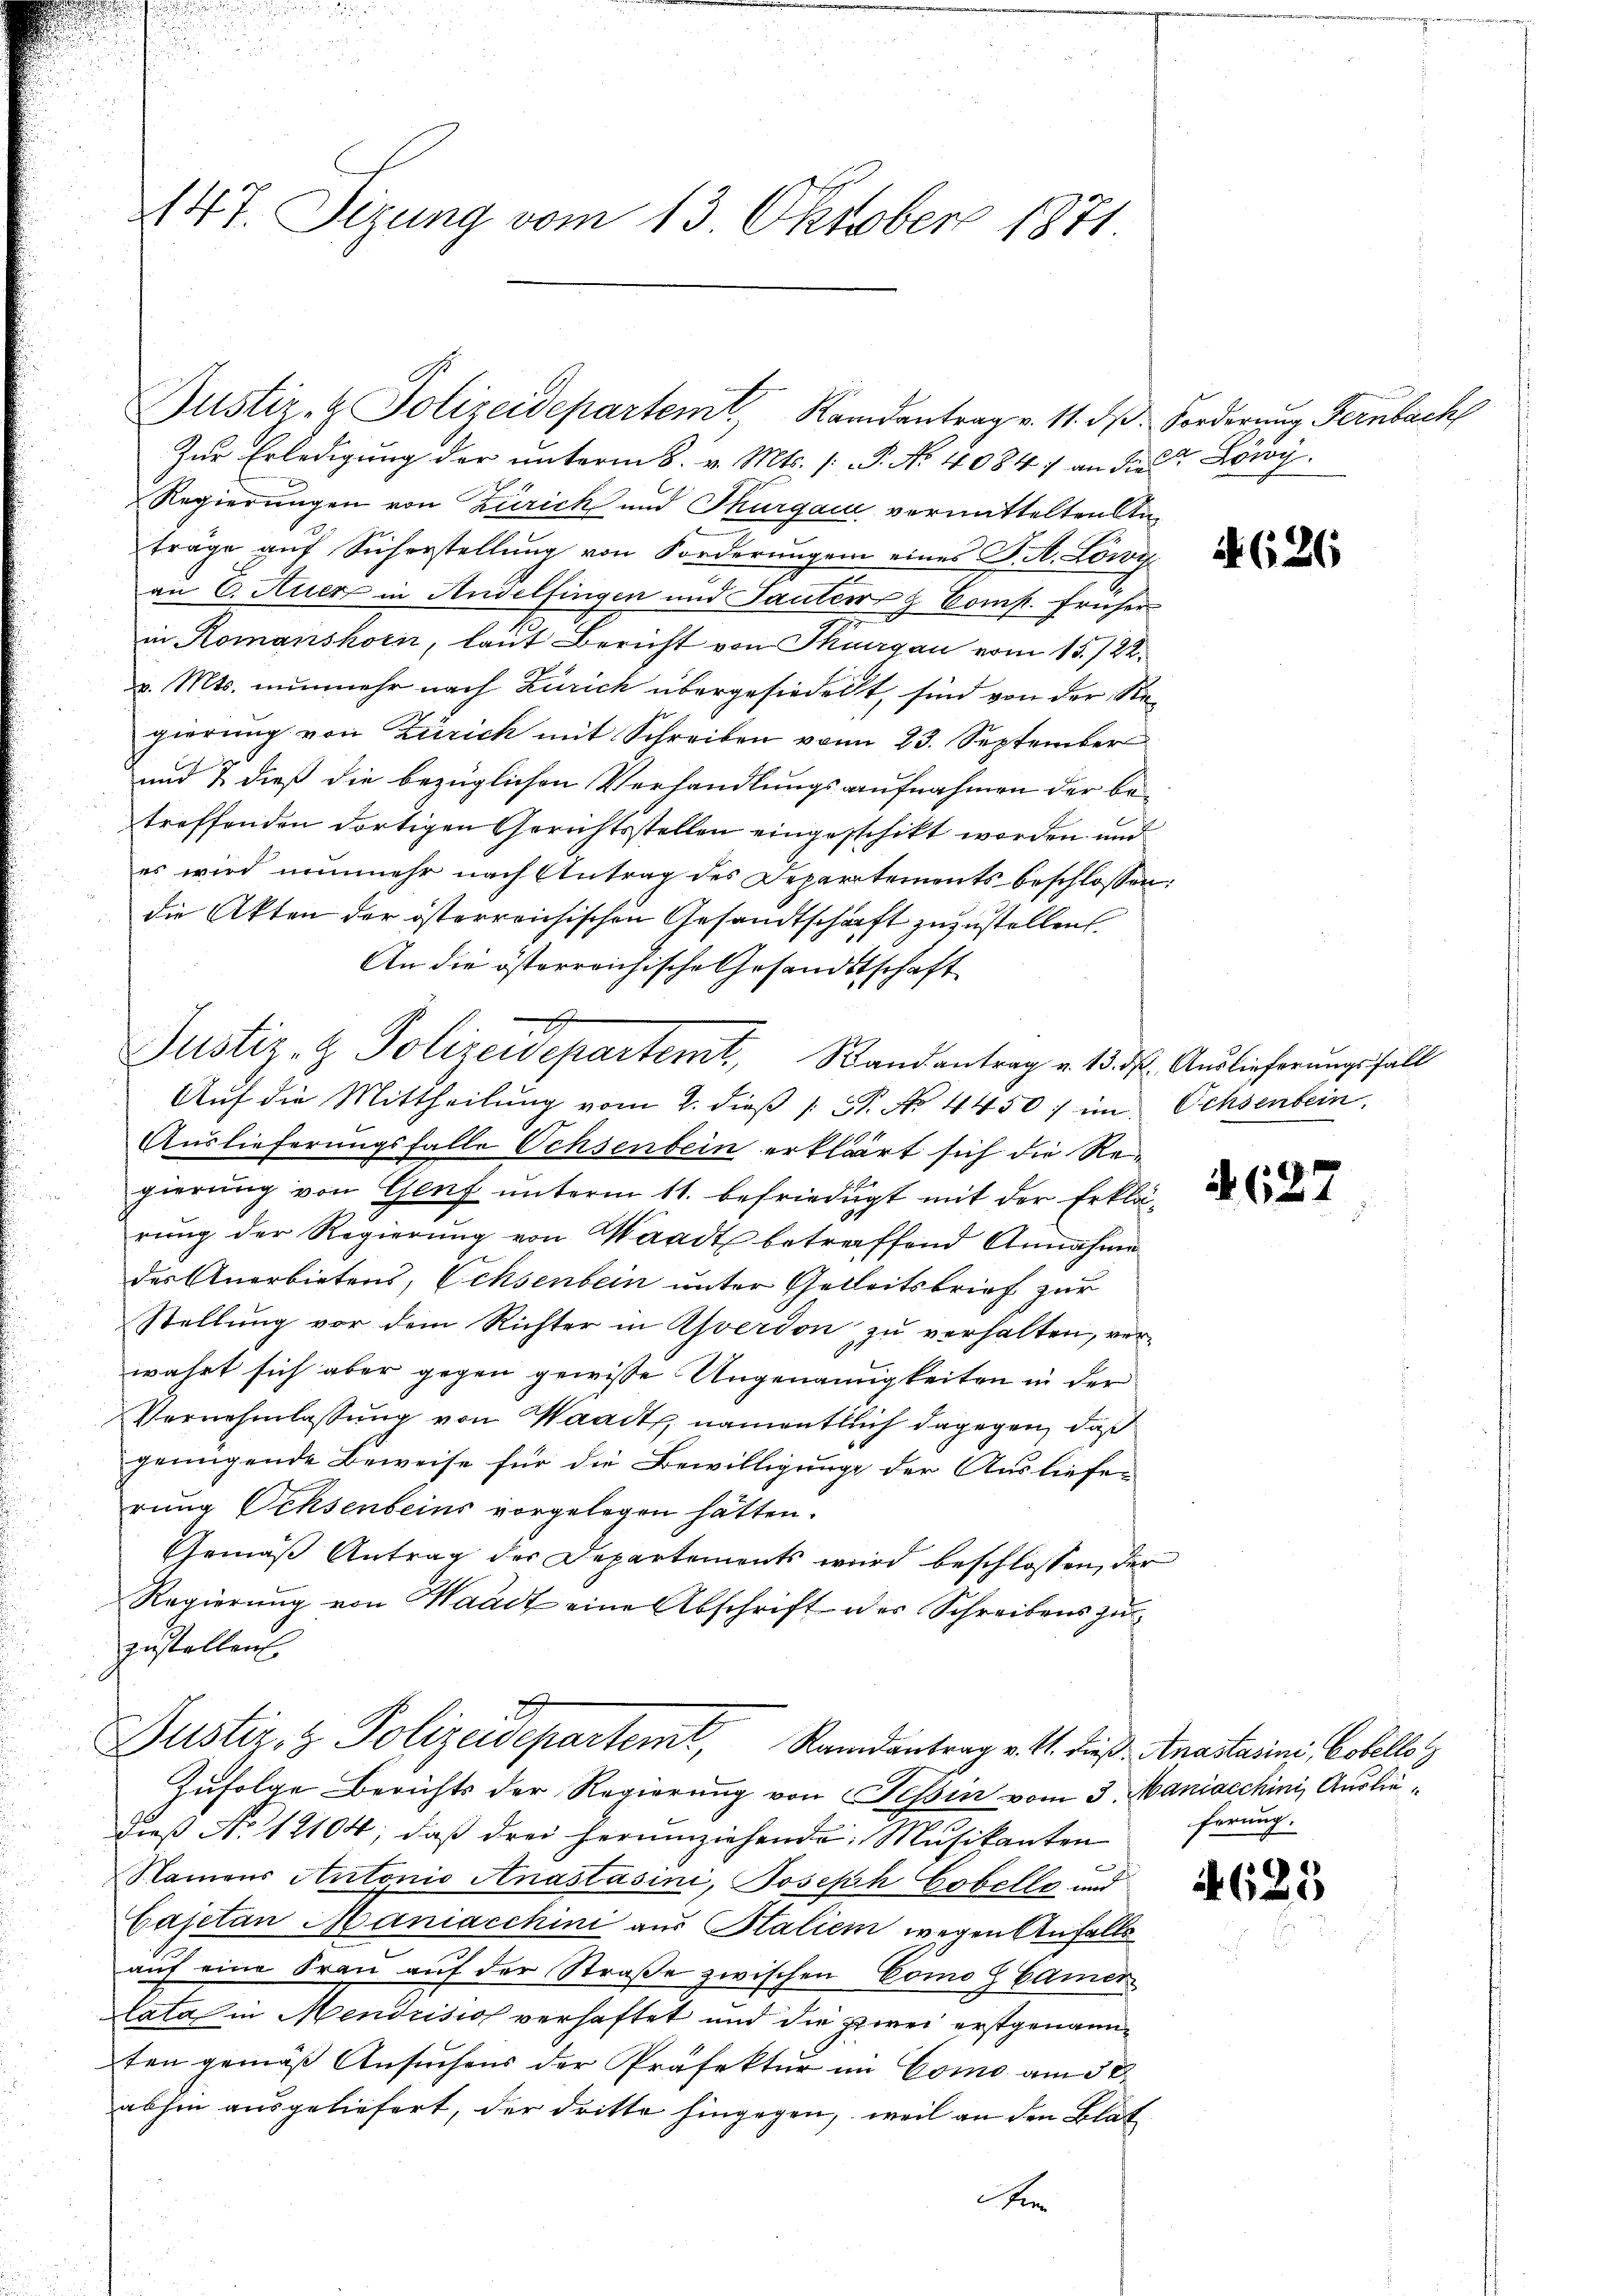
147. Sizung vom 13. Oktober 1871

Zur Erledigung der unterm 8. v. Mts. (: P. No. 4084) an die Lowy
Regierungen von Zürich und Thurgau vermittelten Anträge auf Sicherstellung von Forderungen eines J. A. Löwy
an C. Auer in Andelfingen und Tanter & Comp. früher
in Romanshorn, laut Bericht von Thurgau vom 15./22.
v. Mts. nunmehr nach Zürich übergesiedert, sind von der Regierung von Zürich mit Schreiben vom 23. September
und & dieß die bezüglichen Verhandlungsaufnahmen der betroffenden dortigen Gerichtsstellen eingeschikt worden und
es wird nunmehr nach Antrag des Departements beschlossen:
die Akten der österreichischen Gesandtschaft zuzustellen.
An die österreichische Gesandtschaft
Justiz- & Polizeidepartemt, Randantrag v. 13. d. Auslieferungsfall
Aŭf die Mittheilŭng vom 2. dieβ (: St. No 4450) im Ochsenbein,
Auslieferungsfalle Ochsenbein erklärt sich die Regierung von Genf unterm 11. befriedigt mit der Erklärŭng der Regierŭng von Waadt betreffend Annahme
des Anerbietens, Ochsenbein unter Gelleitsbrief zur
stellung vor dem Richter in Yverdon zu verhalten, verwahrt sich aber gegen gewisse Ungenannigkeiten in der
Vernehmlassung von Waadt, namentlich dagegen, daß
genügende Beweise für die Bewilligunge der Ausliefe-
rung Ochsenbeins vorgelegen hätten.
Gemäß Antrag der Departements wird beschlossen, der
Regierung von Waadt eine Abschrift des Schreibens zuzustellen
Justiz- & Polizeidepartemt, Randantrag v. M. dieß. Anastains Colellos
Zufolge Berichts der Regierung von Tessin vom 3. Maniacchini, Ausliedieß No 12104; daß drei herumziehende Musikanten ferung
Namens Antonio Anastasini, Joseph Cobelle und
Cajetan Maniacchini aus Salien wegen Anfalls
auf eine Frau auf der Straße zwischen Como H Camer
lata in Mendrisios verhaftet und die zwei erstgenannten gemäß Ansuchens der Präfektur im Como am 30.
abhin ausgeliefert, der dritte hingegen, weil an den Blat
e

Justiz- & Polizeidepartem Randantrag v. 11. d. Forderung Fernbach

4626

A627

6)
625